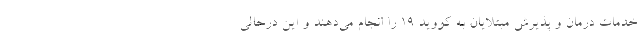
خدمات درمان و پذیرش مبتلایان به کووید ۱۹ را انجام می‌دهند و این درحالی